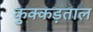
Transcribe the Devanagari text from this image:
कुक्कड़ताल